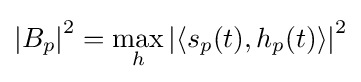
\left|B_{p}\right|^{2}=\max _{h}\left|\left\langle s_{p}(t),h_{p}(t)\right\rangle \right|^{2}